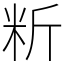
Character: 䉼